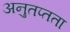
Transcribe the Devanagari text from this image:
अनुतप्तता